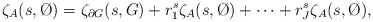
\begin{align*}\zeta_A(s,\O)=\zeta_{\partial G}(s,G)+r_1^s\zeta_{A}(s,\O)+\cdots+r_J^s\zeta_{A}(s,\O),\end{align*}